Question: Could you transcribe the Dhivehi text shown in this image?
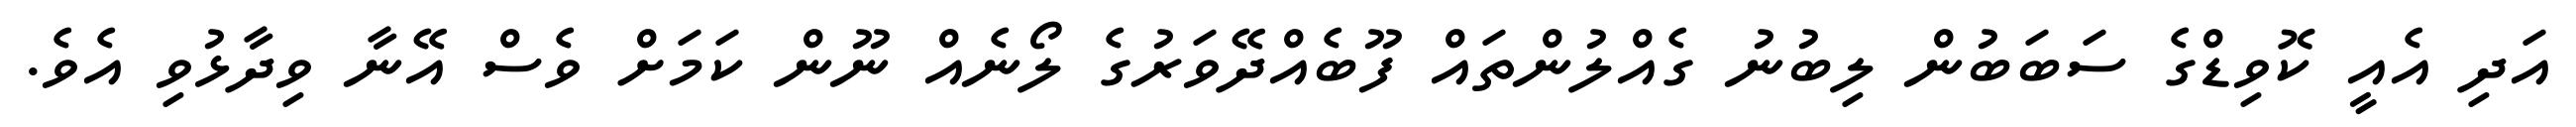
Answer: އަދި އެއީ ކޮވިޑްގެ ސަބަބުން ލިބުނު ގެއްލުންތައް ފޫބެއްދޭވަރުގެ ލޯނެއް ނޫން ކަމަށް ވެސް އޭނާ ވިދާޅުވި އެވެ.